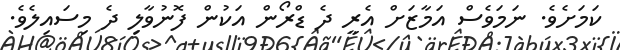
ކަމަށެވެ. ނަމަވެސް އަމާޒަށް އެރީ ދެ ޑްރޯން އަކުން ފޮނުވާލި ދެ މިސައިލެވެ.